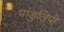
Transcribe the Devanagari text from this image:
पांडुलिपी